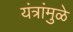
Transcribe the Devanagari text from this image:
यंत्रांमुळे